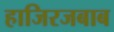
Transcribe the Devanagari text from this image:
हाजिरजबाब